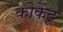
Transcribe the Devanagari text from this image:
कोकेटू